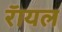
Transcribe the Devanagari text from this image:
रॅायल